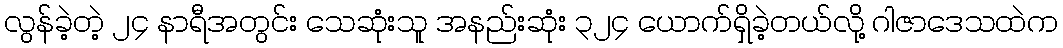
လွန်ခဲ့တဲ့ ၂၄ နာရီအတွင်း သေဆုံးသူ အနည်းဆုံး ၃၂၄ ယောက်ရှိခဲ့တယ်လို့ ဂါဇာဒေသထဲက